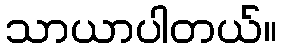
သာယာပါတယ်။